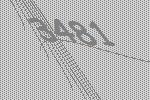
3481